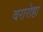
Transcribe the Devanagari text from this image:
वरारोहा